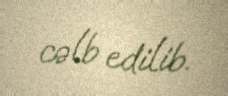
cəlb edilib.